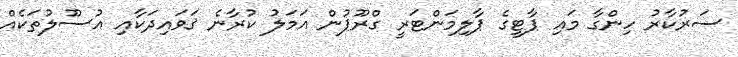
ސަރުކާރު ހިންގާ މައި ޕާޓީގެ ޕާލިމަންޓަރީ ގްރޫޕުން އަމަލު ކުރާނެ ޤަވައިދަކާއި އުސޫލުތަކެއް